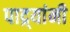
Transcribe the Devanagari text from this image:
पाद्र्यांनी